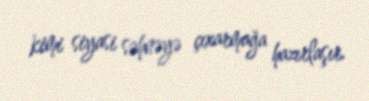
kimi siyasi səhnəyə çıxarmağa hazırlaşır.